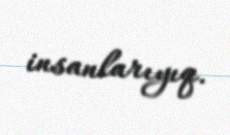
insanlarıyıq.